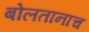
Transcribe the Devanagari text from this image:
बोलतानाच